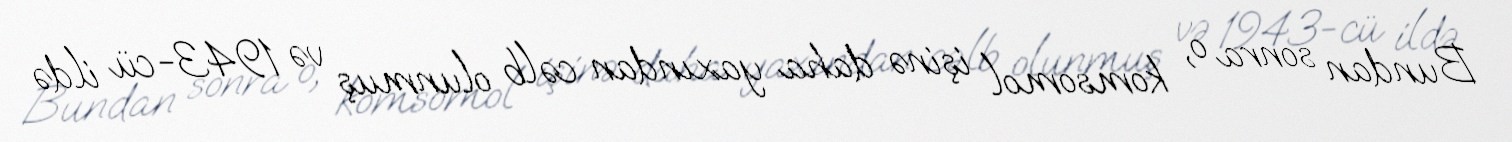
Bundan sonra o, komsomol işinə daha yaxından cəlb olunmuş və 1943-cü ildə